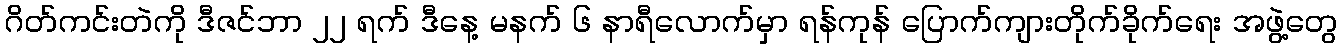
ဂိတ်ကင်းတဲကို ဒီဇင်ဘာ ၂၂ ရက် ဒီနေ့ မနက် ၆ နာရီလောက်မှာ ရန်ကုန် ပြောက်ကျားတိုက်ခိုက်ရေး အဖွဲ့တွေ